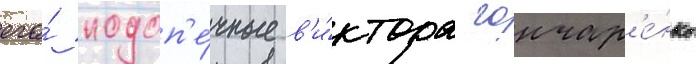
его́ подоп'е́чные в'и́ктора гончар'е́нко